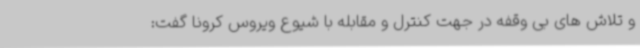
و تلاش های بی وقفه در جهت کنترل و مقابله با شیوع ویروس کرونا گفت: